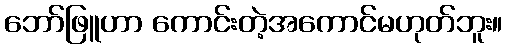
ဘော်ဖြူဟာ ကောင်းတဲ့အကောင်မဟုတ်ဘူး။